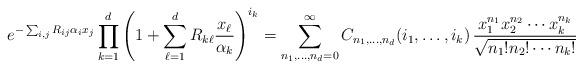
LaTeX: \begin{align*}e^{-\sum_{i,j}R_{ij}\alpha_ix_j}\prod_{k=1}^{d}\left(1+\sum_{\ell=1}^{d}R_{k\ell}\frac{x_\ell}{\alpha_k}\right)^{i_k}=\sum_{n_1,\ldots,n_{d}=0}^{\infty}C_{n_1,\ldots,n_{d}}(i_1,\ldots,i_{k})\,\frac{x_1^{n_1}x_{2}^{n_2}\cdots x_{k}^{n_k}}{\sqrt{n_1!n_2!\cdots n_{k}!}}\end{align*}